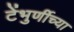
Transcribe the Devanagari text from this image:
टेंभुर्णीच्या